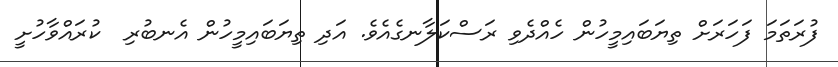
ފުރަތަމަ ފަހަރަށް ތިޔަބައިމީހުން ހެއްދެވި ރަސްކަލާނގެއެވެ. އަދި ތިޔަބައިމީހުން އެނބުރި  ކުރައްވާހުށީ